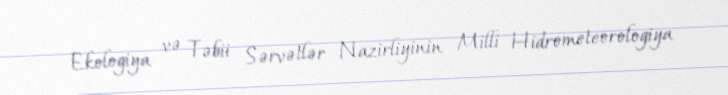
Ekologiya və Təbii Sərvətlər Nazirliyinin Milli Hidrometeorologiya